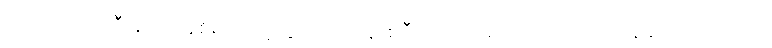
မင်န် ဟာဂျုဒ်ဒီးန် ဘင်န်စိရာဂျ် ရဲ့ သွဗကာသိနာစိရီ ကို က အင်္ဂလိပ် ဘာသာပြန်ဆိုထားပါတယ်။